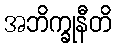
အဘိက္ခုနီတိ